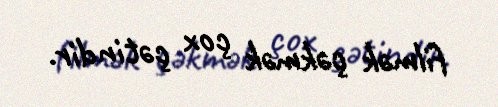
filmək çəkmək çox çətindir.